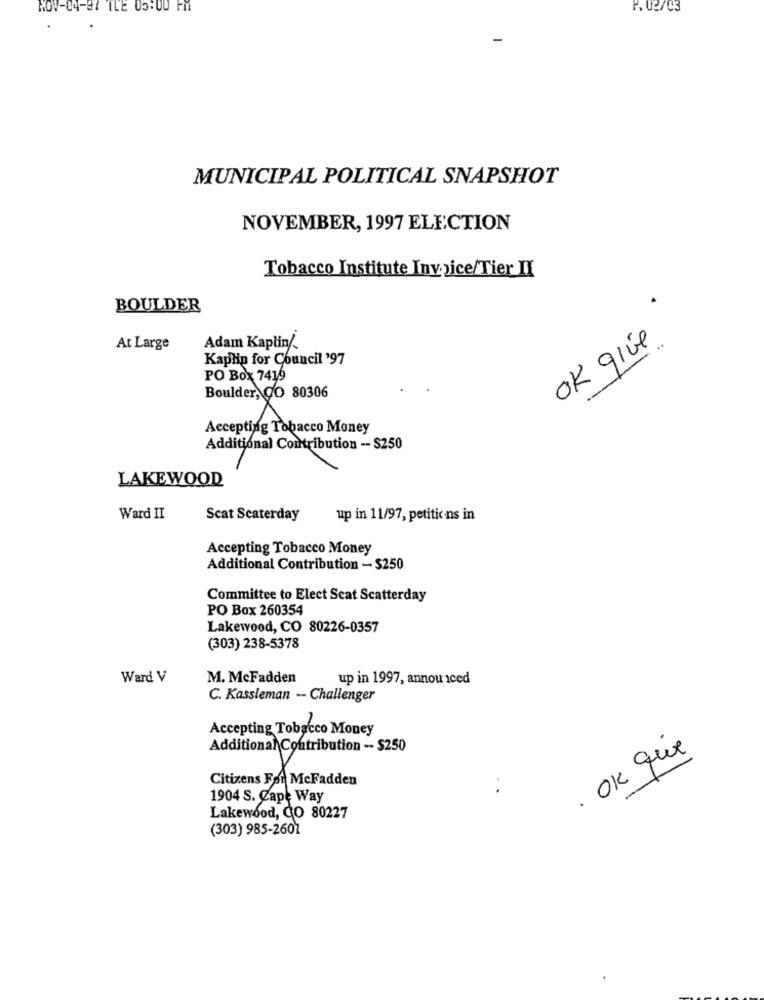
NOV-04-97 TLE 05:00 PM
F. 02/03
MUNICIPAL POLITICAL SNAPSHOT
NOVEMBER, 1997 ELECTION
Tobacco Institute Invoice/Tier II
.
BOULDER
OK give
At Large
Adam Kaplin/
Kaplin for Council '97
PO Box 7419
Accepting Tobacco Money
Additional Contribution -- $250
LAKEWOOD
Ward II
Scat Seaterday
up in 11/97, petitic ns in
Accepting Tobacco Money
Additional Contribution - $250
Committee to Elect Scat Scatterday
PO Box 260354
Lakewood, CO 80226-0357
(303) 238-5378
Ward V
M. McFadden
up in 1997, annou iced
C. Kassleman - Challenger
Accepting Tobacco Money
. OK que
Citizens Fat McFadden
..
1904 S. Cape Way
Lakewood, CO 80227
(303) 985-2607